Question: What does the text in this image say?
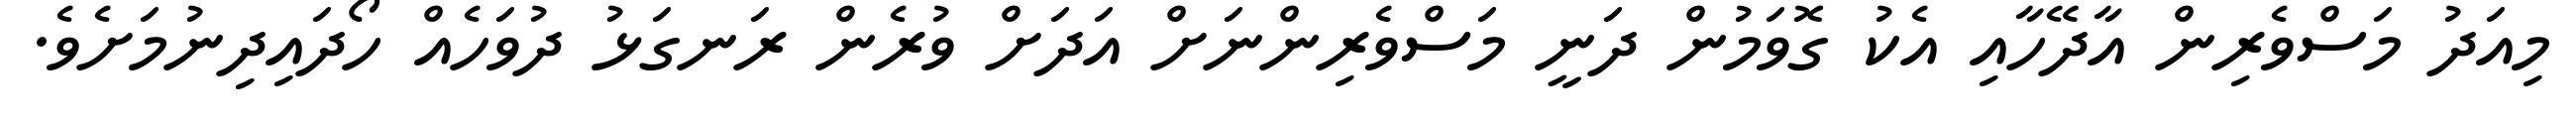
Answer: މިއަދު މަސްވެރިން އާދޭހާއި އެކު ގޮވަމުން ދަނީ މަސްވެރިންނަށް އަދަށް ވުރެން ރަނގަޅު ދުވަހެއް ހޯދައިދިނުމަށެވެ.